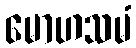
မောဟသမံ